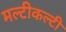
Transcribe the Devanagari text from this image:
मल्टीकल्टी